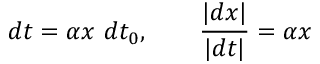
d t = \alpha x \ d t _ { 0 } , \qquad { \frac { | d x | } { | d t | } } = \alpha x